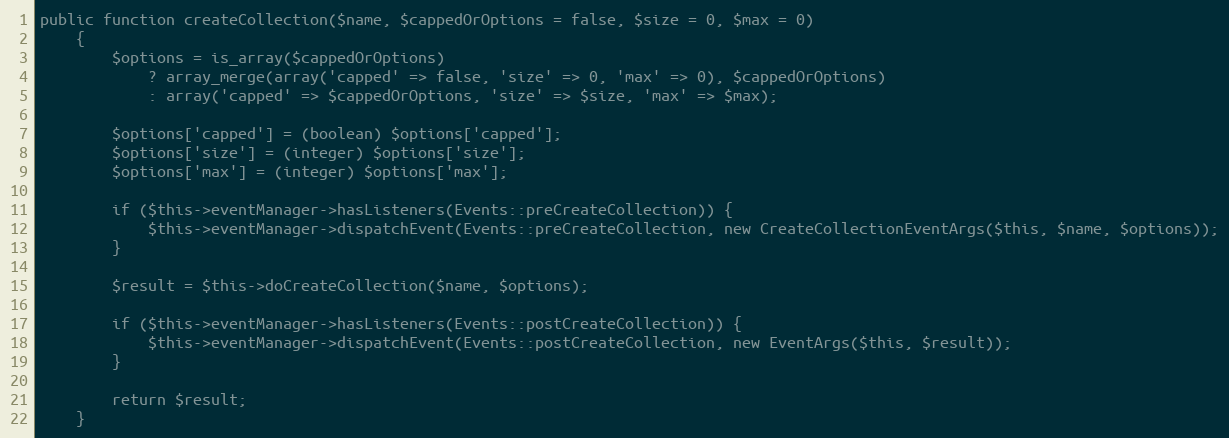
Language: PHP
public function createCollection($name, $cappedOrOptions = false, $size = 0, $max = 0)
    {
        $options = is_array($cappedOrOptions)
            ? array_merge(array('capped' => false, 'size' => 0, 'max' => 0), $cappedOrOptions)
            : array('capped' => $cappedOrOptions, 'size' => $size, 'max' => $max);

        $options['capped'] = (boolean) $options['capped'];
        $options['size'] = (integer) $options['size'];
        $options['max'] = (integer) $options['max'];

        if ($this->eventManager->hasListeners(Events::preCreateCollection)) {
            $this->eventManager->dispatchEvent(Events::preCreateCollection, new CreateCollectionEventArgs($this, $name, $options));
        }

        $result = $this->doCreateCollection($name, $options);

        if ($this->eventManager->hasListeners(Events::postCreateCollection)) {
            $this->eventManager->dispatchEvent(Events::postCreateCollection, new EventArgs($this, $result));
        }

        return $result;
    }